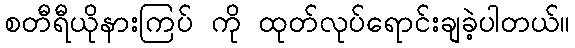
စတီရီယိုနားကြပ် ကို ထုတ်လုပ်ရောင်းချခဲ့ပါတယ်။